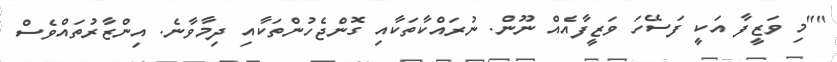
""މި ވަޒީފާ އަކީ ފަސޭހަ ވަޒީފާއެއް ނޫން. ނުރައްކާތަކާއި ގޮންޖެހުންތަކާއި ދިމާވާނެ. އިންޒާރުތައްވެސް